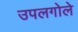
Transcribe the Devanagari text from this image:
उपलगोले